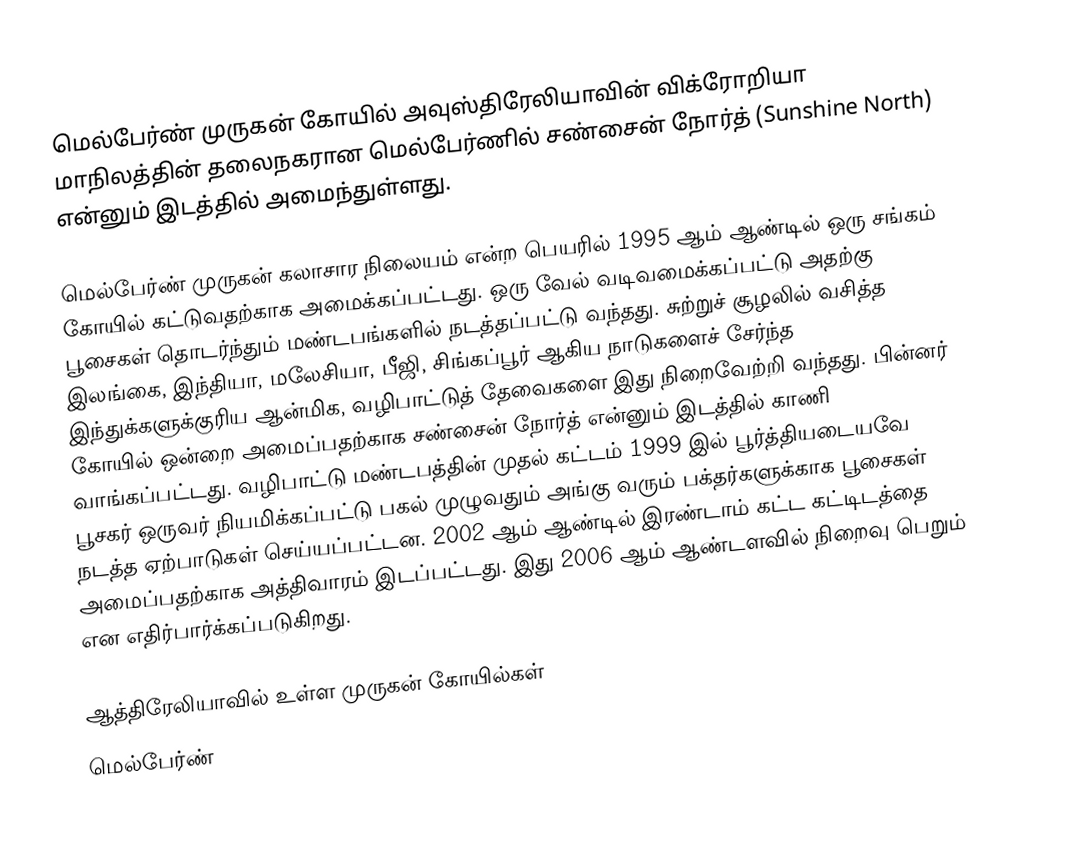
மெல்பேர்ண் முருகன் கோயில் அவுஸ்திரேலியாவின் விக்ரோறியா மாநிலத்தின் தலைநகரான மெல்பேர்ணில் சண்சைன் நோர்த் (Sunshine North) என்னும் இடத்தில் அமைந்துள்ளது.

மெல்பேர்ண் முருகன் கலாசார நிலையம் என்ற பெயரில் 1995 ஆம் ஆண்டில் ஒரு சங்கம் கோயில் கட்டுவதற்காக அமைக்கப்பட்டது. ஒரு வேல் வடிவமைக்கப்பட்டு அதற்கு பூசைகள் தொடர்ந்தும் மண்டபங்களில் நடத்தப்பட்டு வந்தது. சுற்றுச் சூழலில் வசித்த இலங்கை, இந்தியா, மலேசியா, பீஜி, சிங்கப்பூர் ஆகிய நாடுகளைச் சேர்ந்த இந்துக்களுக்குரிய ஆன்மிக, வழிபாட்டுத் தேவைகளை இது நிறைவேற்றி வந்தது. பின்னர் கோயில் ஒன்றை அமைப்பதற்காக சண்சைன் நோர்த் என்னும் இடத்தில் காணி வாங்கப்பட்டது. வழிபாட்டு மண்டபத்தின் முதல் கட்டம் 1999 இல் பூர்த்தியடையவே பூசகர் ஒருவர் நியமிக்கப்பட்டு பகல் முழுவதும் அங்கு வரும் பக்தர்களுக்காக பூசைகள் நடத்த ஏற்பாடுகள் செய்யப்பட்டன. 2002 ஆம் ஆண்டில் இரண்டாம் கட்ட கட்டிடத்தை அமைப்பதற்காக அத்திவாரம் இடப்பட்டது. இது 2006 ஆம் ஆண்டளவில் நிறைவு பெறும் என எதிர்பார்க்கப்படுகிறது.

ஆத்திரேலியாவில் உள்ள முருகன் கோயில்கள்
மெல்பேர்ண்